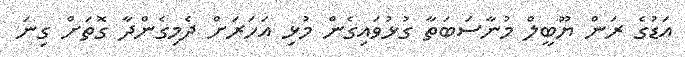
އަޑުގެ ރަން ޔޫބީލް މުނާސަބަތާ ގުޅުވައިގެން މުޅި އަހަރަށް ދެމިގެންދާ ގޮތަށް ގިނަ